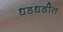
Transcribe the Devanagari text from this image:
धडधडीत